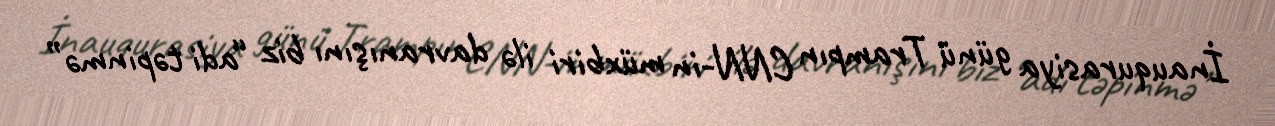
İnauqurasiya günü Trampın CNN-in müxbiri ilə davranışını biz “adi təpinmə”